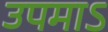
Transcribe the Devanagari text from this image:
उपमाऽ